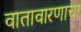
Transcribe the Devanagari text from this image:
वातावारणाचा